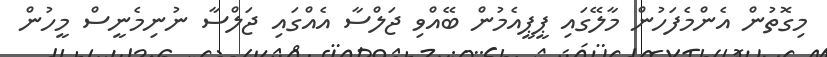
މިގޮތުން އެންމެފަހުން މާލޭގައި ޕީޕީއެމުން ބޭއްވި ޖަލްސާ އެއްގައި ޖަލްސާ ނުނިމެނީސް މީހުން